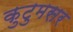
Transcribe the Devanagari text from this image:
कुटुमसर